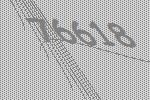
76618